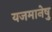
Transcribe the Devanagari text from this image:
यजमानेषु